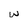
Character: w